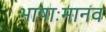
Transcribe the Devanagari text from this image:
भाषाःमानव